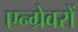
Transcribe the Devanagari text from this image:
एन्ग्रेवरों